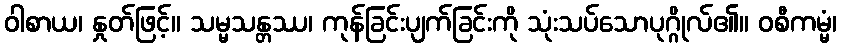
ဝါစာယ၊ နှုတ်ဖြင့်။ သမ္မသန္တဿ၊ ကုန်ခြင်းပျက်ခြင်းကို သုံးသပ်သောပုဂ္ဂိုလ်၏။ ဝစီကမ္မံ၊